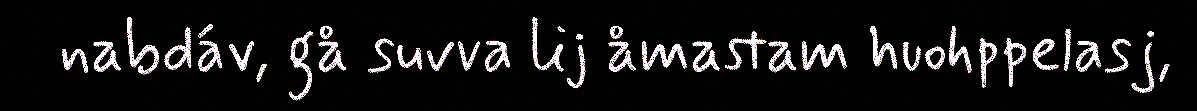
nabdáv, gå suvva lij åmastam huohppelasj,